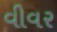
વીવર